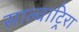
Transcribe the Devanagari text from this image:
साल्वाटिर्‍रा